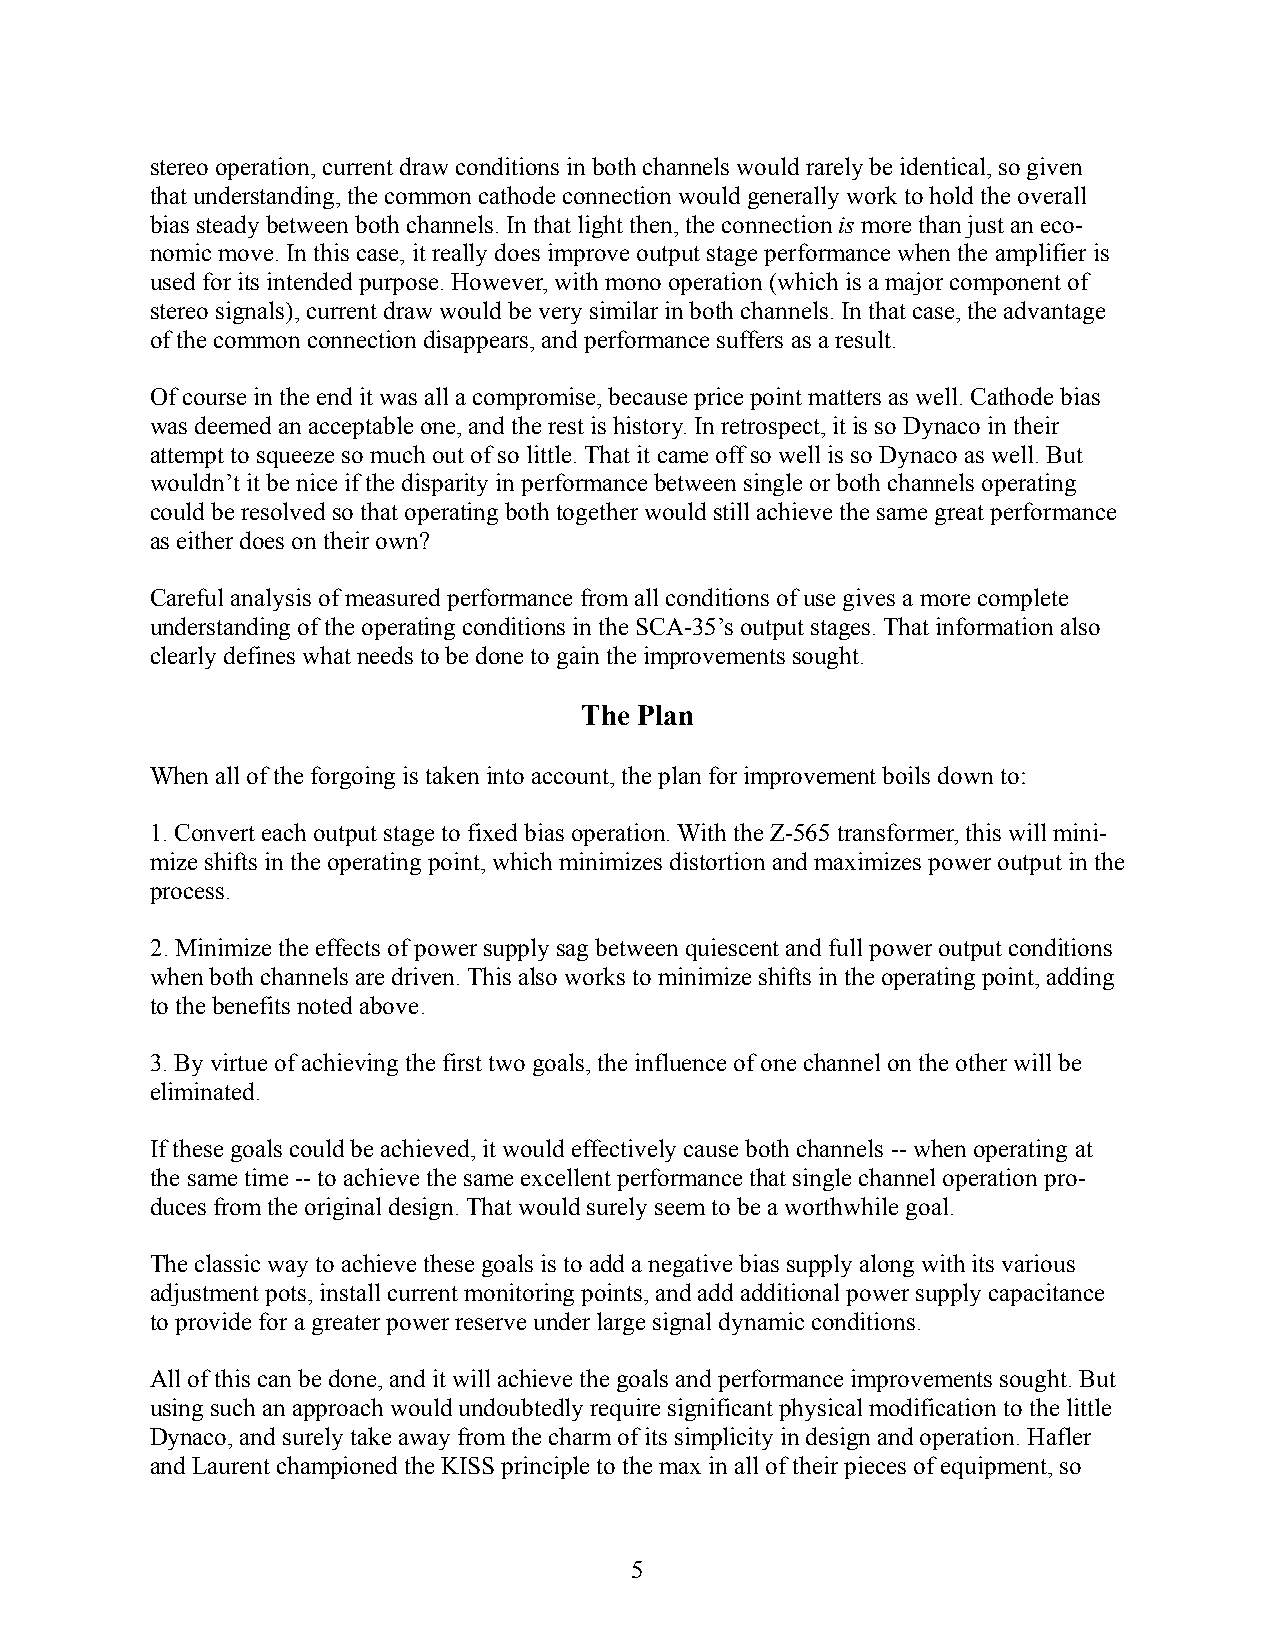
stereo operation, current draw conditions in both channels would rarely be identical, so given
 that understanding, the common cathode connection would generally work to hold the overall
 bias steady between both channels. In that light then, the connection is more than just an eco-
 nomic move. In this case, it really does improve output stage performance when the amplifier is
 used for its intended purpose. However, with mono operation (which is a major component of
 stereo signals), current draw would be very similar in both channels. In that case, the advantage
 of the common connection disappears, and performance suffers as a result.
 Of course in the end it was all a compromise, because price point matters as well. Cathode bias
 was deemed an acceptable one, and the rest is history. In retrospect, it is so Dynaco in their
 attempt to squeeze so much out of so little. That it came off so well is so Dynaco as well. But
 wouldn’t it be nice if the disparity in performance between single or both channels operating
 could be resolved so that operating both together would still achieve the same great performance
 as either does on their own?
 Careful analysis of measured performance from all conditions of use gives a more complete
 understanding of the operating conditions in the SCA-35’s output stages. That information also
 clearly defines what needs to be done to gain the improvements sought.
 The Plan
 When all of the forgoing is taken into account, the plan for improvement boils down to:
 1. Convert each output stage to fixed bias operation. With the Z-565 transformer, this will mini-
 mize shifts in the operating point, which minimizes distortion and maximizes power output in the
 process.
 2. Minimize the effects of power supply sag between quiescent and full power output conditions
 when both channels are driven. This also works to minimize shifts in the operating point, adding
 to the benefits noted above.
 3. By virtue of achieving the first two goals, the influence of one channel on the other will be
 eliminated.
 If these goals could be achieved, it would effectively cause both channels -- when operating at
 the same time -- to achieve the same excellent performance that single channel operation pro-
 duces from the original design. That would surely seem to be a worthwhile goal.
 The classic way to achieve these goals is to add a negative bias supply along with its various
 adjustment pots, install current monitoring points, and add additional power supply capacitance
 to provide for a greater power reserve under large signal dynamic conditions.
 All of this can be done, and it will achieve the goals and performance improvements sought. But
 using such an approach would undoubtedly require significant physical modification to the little
 Dynaco, and surely take away from the charm of its simplicity in design and operation. Hafler
 and Laurent championed the KISS principle to the max in all of their pieces of equipment, so
 5